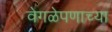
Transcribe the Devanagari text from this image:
वेगळेपणाच्या